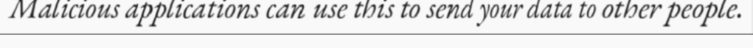
Malicious applications can use this to send your data to other people.